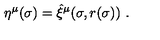
\eta ^ { \mu } ( \sigma ) = \hat { \xi } ^ { \mu } ( \sigma , r ( \sigma ) ) \ .